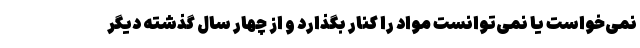
نمی‌خواست یا نمی‌توانست مواد را کنار بگذارد و از چهار سال گذشته دیگر